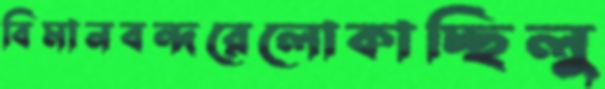
বিমানবন্দরেলোকাচ্ছিলু